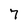
Character: 7